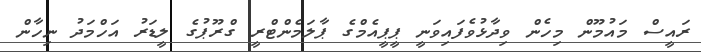
ރައީސް މައުމޫން މިހެން ވިދާޅުވެފައިވަނީ ޕީޕީއެމްގެ ޕާލަމެންޓްރީ ގްރޫޕުގެ ލީޑަރު އަހްމަދު ނިހާން